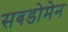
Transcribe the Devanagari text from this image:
सबडोमेन